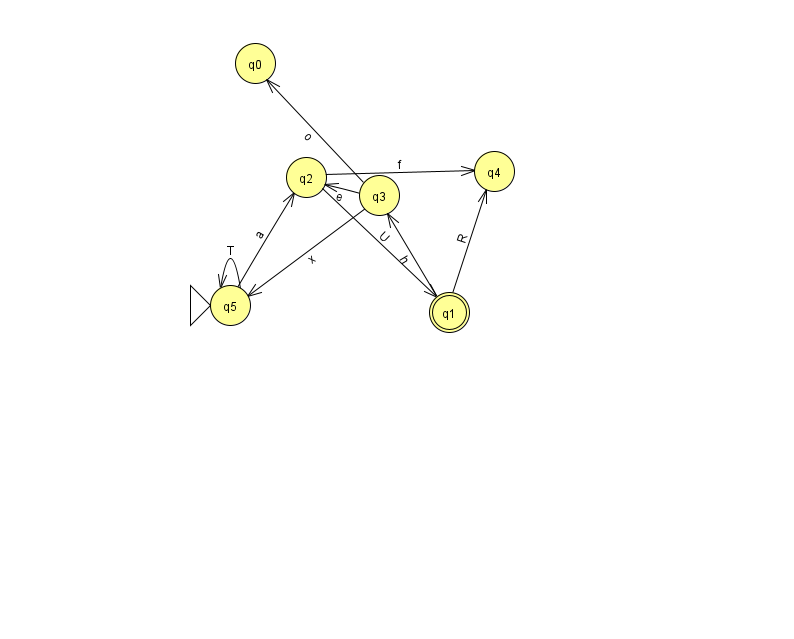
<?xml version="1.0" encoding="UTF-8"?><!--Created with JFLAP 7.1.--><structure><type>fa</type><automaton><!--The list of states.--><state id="0" name="q0"><x>255.0</x><y>50.0</y></state><state id="1" name="q1"><x>449.0</x><y>299.0</y><final/></state><state id="2" name="q2"><x>306.0</x><y>164.0</y></state><state id="3" name="q3"><x>379.0</x><y>182.0</y></state><state id="4" name="q4"><x>494.0</x><y>158.0</y></state><state id="5" name="q5"><x>230.0</x><y>292.0</y><initial/></state><!--The list of transitions.--><transition><from>2</from><to>1</to><read>U</read></transition><transition><from>3</from><to>2</to><read>e</read></transition><transition><from>3</from><to>0</to><read>o</read></transition><transition><from>5</from><to>5</to><read>T</read></transition><transition><from>3</from><to>5</to><read>x</read></transition><transition><from>1</from><to>3</to><read>h</read></transition><transition><from>5</from><to>2</to><read>a</read></transition><transition><from>1</from><to>4</to><read>R</read></transition><transition><from>2</from><to>4</to><read>f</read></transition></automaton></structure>